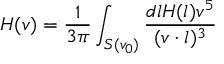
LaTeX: H ( v ) = { \frac { 1 } { 3 \pi } } \int _ { S ( v _ { 0 } ) } { \frac { d l H ( l ) v ^ { 5 } } { ( v \cdot l ) ^ { 3 } } }